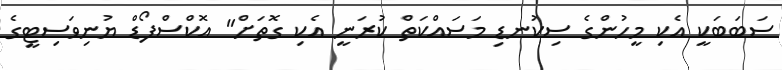
ސަބަބަކީ އެކި މީހުންގެ ސިކުނޑި މަސައްކަތް ކުރަނީ އެކި ގޮތަށް" އޮކްސްފޯޑް ޔުނިވަސިޓީގެ